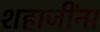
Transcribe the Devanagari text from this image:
शहाजींना